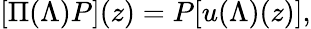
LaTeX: [\Pi(\Lambda)P](z)=P[u(\Lambda)(z)],